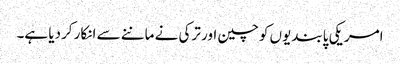
امریکی پابندیوں کو چین اور ترکی نے ماننے سے انکار کردیا ہے۔